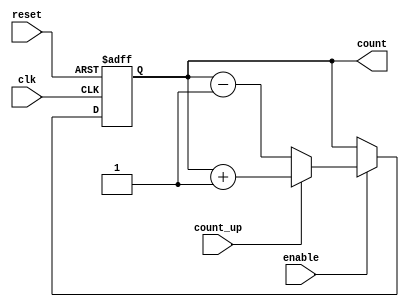
module cascaded_counter (
    input wire clk,           // Clock input
    input wire reset,         // Asynchronous reset
    input wire enable,        // Enable signal
    input wire count_up,      // Count up or down control
    output reg [3:0] count    // 4-bit counter output
);

    // Internal signals for cascading flip-flops
    reg [3:0] next_count;

    always @(posedge clk or posedge reset) begin
        if (reset) begin
            count <= 4'b0000; // Reset the counter to 0
        end else if (enable) begin
            count <= next_count; // Update the counter
        end
    end

    always @(*) begin
        if (count_up) begin
            next_count = count + 1; // Increment the count
        end else begin
            next_count = count - 1; // Decrement the count
        end
    end

endmodule